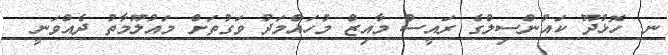
ނ. ހޮޅުދޫ ކައުންސިލްގެ ރައީސް މާއިޒް މުހައްމަދު ވަގުތަށް މައުލޫމާތު ދެއްވަނީ